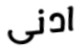
ادنى